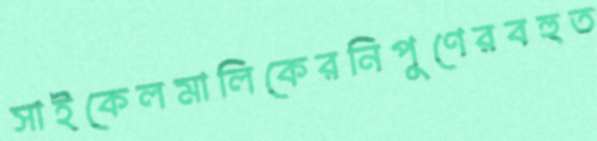
সাইকেলমালিকেরনিপুণেরবহুত